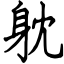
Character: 躭